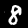
Digit: 8